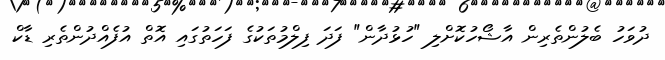
ދުވަހު ބެލުންތެރިން އާޝޯހުކޮށްލި "ހުޅުދާން" ފަދަ ފިލްމުތަކުގެ ފަހަތުގައި އޮތް އުފެއްދުންތެރި ޑާކް